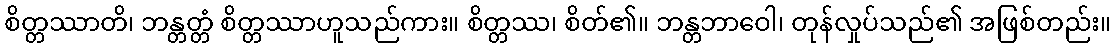
စိတ္တဿာတိ၊ ဘန္တတ္တံ စိတ္တဿာဟူသည်ကား။ စိတ္တဿ၊ စိတ်၏။ ဘန္တဘာဝေါ၊ တုန်လှုပ်သည်၏ အဖြစ်တည်း။